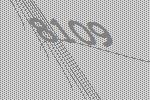
8109